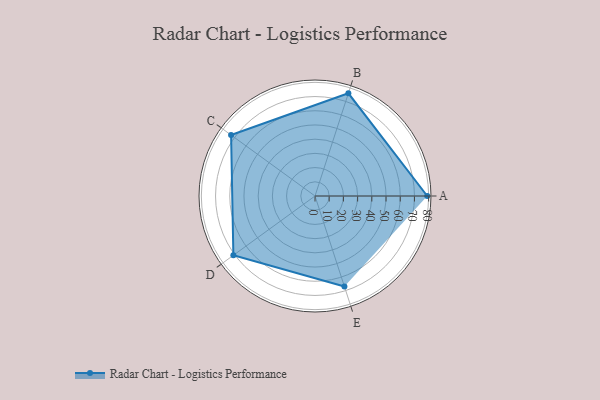
{"axis": {"x": "Skill", "y": "Score"}, "legend": ["Profile"], "data": [{"x": "A", "y": 79.0, "type": "Profile"}, {"x": "B", "y": 76.0, "type": "Profile"}, {"x": "C", "y": 73.0, "type": "Profile"}, {"x": "D", "y": 71.0, "type": "Profile"}, {"x": "E", "y": 67.0, "type": "Profile"}]}